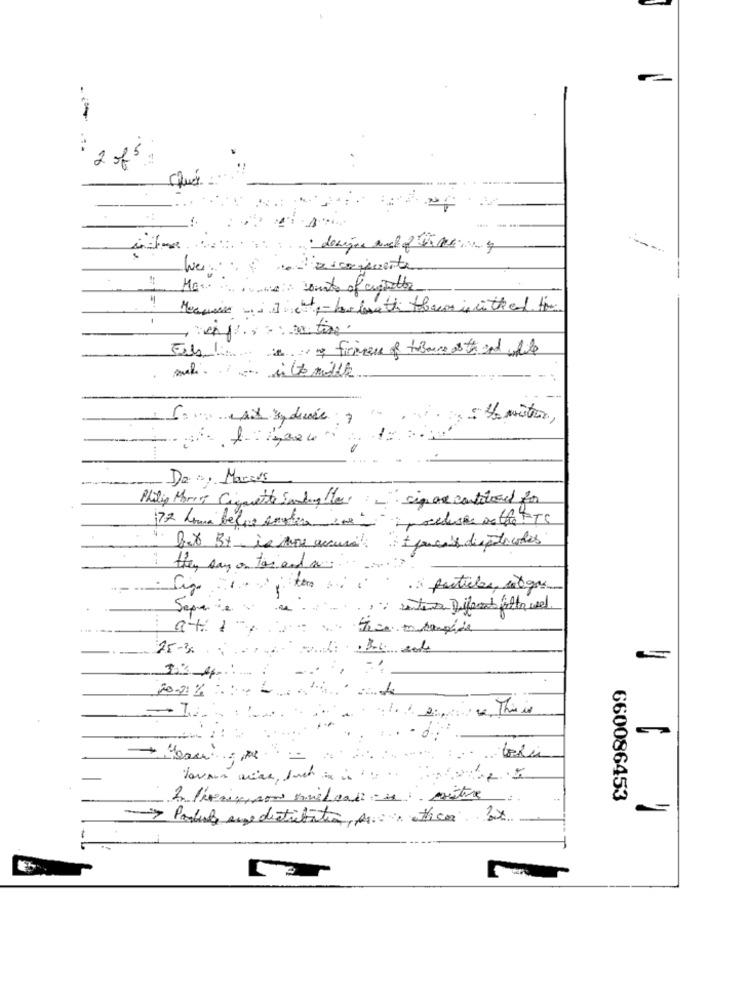
2 of5:
---
Meamaior wine- bar lovethi that is with and the
to firmen of theearth and file
....
De, Marcus
Philip Morris Cigarette Sanding Her.
· sig are contilused for
72 hours belge emoties 200-
Box B+ is more accurate 1 pouces dieptecodes
they say on tos and a:
Sig
.3 particles, 100gr
Separe
: 04: 1
25-3
20-2%
...
660086453
- > Porhul ene distribution, pa ottico 2x